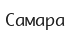
Самара